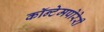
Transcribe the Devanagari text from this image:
कॉन्टेमपोरेरी